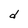
Character: d